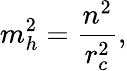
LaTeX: m_{h}^{2}=\frac{n^{2}}{r_{c}^{2}},